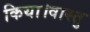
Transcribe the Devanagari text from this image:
किया।वास्तु